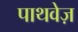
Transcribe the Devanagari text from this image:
पाथवेज़